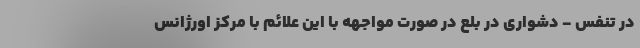
در تنفس - دشواری در بلع در صورت مواجهه با این علائم با مرکز اورژانس